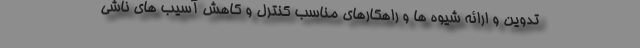
تدوین و ارائه شیوه ها و راهکارهای مناسب کنترل و کاهش آسیب های ناشی